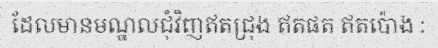
ដែលមានមណ្ឌលជុំវិញឥតជ្រុង ឥតផត ឥតប៉ោង :